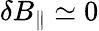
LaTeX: \delta B_{\parallel}\simeq 0